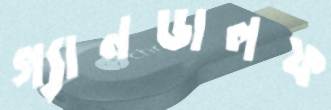
গ্যানডালফ